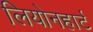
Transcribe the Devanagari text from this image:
लियोनहार्ट